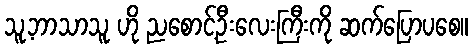
သူ့ဘာသာသူ ဟို ညစောင့်ဦးလေးကြီးကို ဆက်ပြောပစေ။